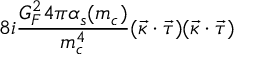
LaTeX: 8 i \frac { G _ { F } ^ { 2 } 4 \pi \alpha _ { s } ( m _ { c } ) } { m _ { c } ^ { 4 } } ( \vec { \kappa } \cdot \vec { \tau } ) ( \vec { \kappa } \cdot \vec { \tau } )